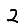
Digit: 2